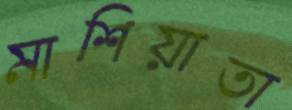
মাশিয়াতা